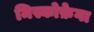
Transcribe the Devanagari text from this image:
मिस्कोफ़ेगा